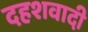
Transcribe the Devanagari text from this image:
दहशवादी